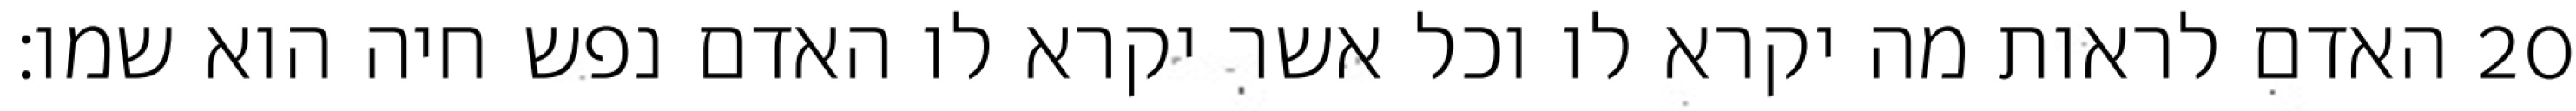
האדם לראות מה יקרא לו וכל אשר יקרא לו האדם נפש חיה הוא שמו׃ ‎20‏